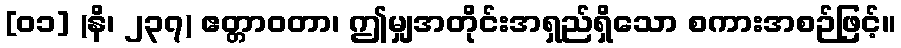
[၀၁] (နိ၊ ၂၃၇) ဧတ္တာဝတာ၊ ဤမျှအတိုင်းအရှည်ရှိသော စကားအစဉ်ဖြင့်။